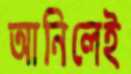
আনিলেই